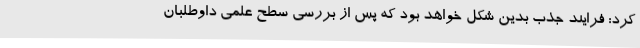
کرد: فرایند جذب بدین شکل خواهد بود که پس از بررسی سطح علمی داوطلبان